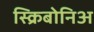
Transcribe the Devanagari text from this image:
स्क्रिबोनिअ